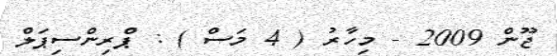
ޖޫން 2009 - މިހާރު ( 4 މަސް ) : ޕްރިންސިޕަލް